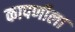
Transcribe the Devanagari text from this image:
कापणीला